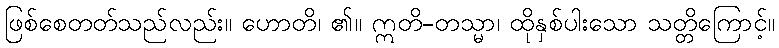
ဖြစ်စေတတ်သည်လည်း။ ဟောတိ၊ ၏။ ဣတိ-တသ္မာ၊ ထိုနှစ်ပါးသော သတ္တိကြောင့်။